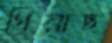
গিয়াছ